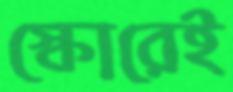
স্কোরেই